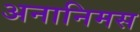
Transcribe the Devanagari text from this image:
अनानिमस